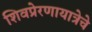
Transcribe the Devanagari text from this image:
शिवप्रेरणायात्रेचे